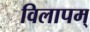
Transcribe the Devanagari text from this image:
विलापम्